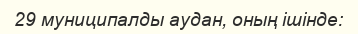
29 муниципалды аудан, оның ішінде: